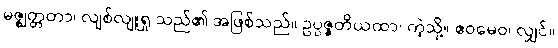
မဇ္ဈတ္တတာ၊ လျစ်လျူရှု သည်၏ အဖြစ်သည်။ ဥပ္ပဇ္ဇတိယထာ၊ ကဲ့သို့။ ဧဝမေဝ၊ လျှင်။